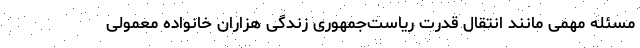
مسئله مهمی مانند انتقال قدرت ریاست‌جمهوری زندگی هزاران خانواده معمولی